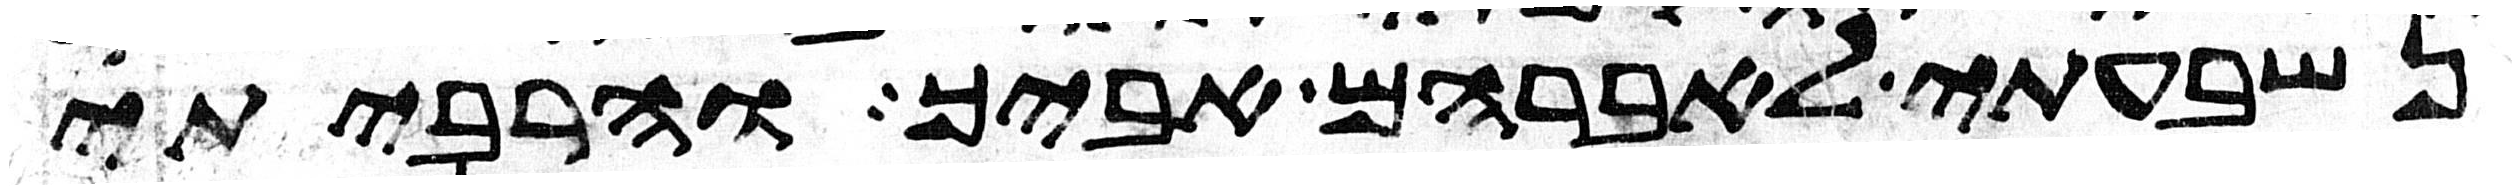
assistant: נשבעתי לאברהם אביך והרביתי